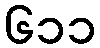
၆၁၁